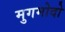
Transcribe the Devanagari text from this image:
मुगमोदो